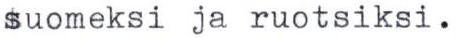
suomeksi ja ruotsiksi.